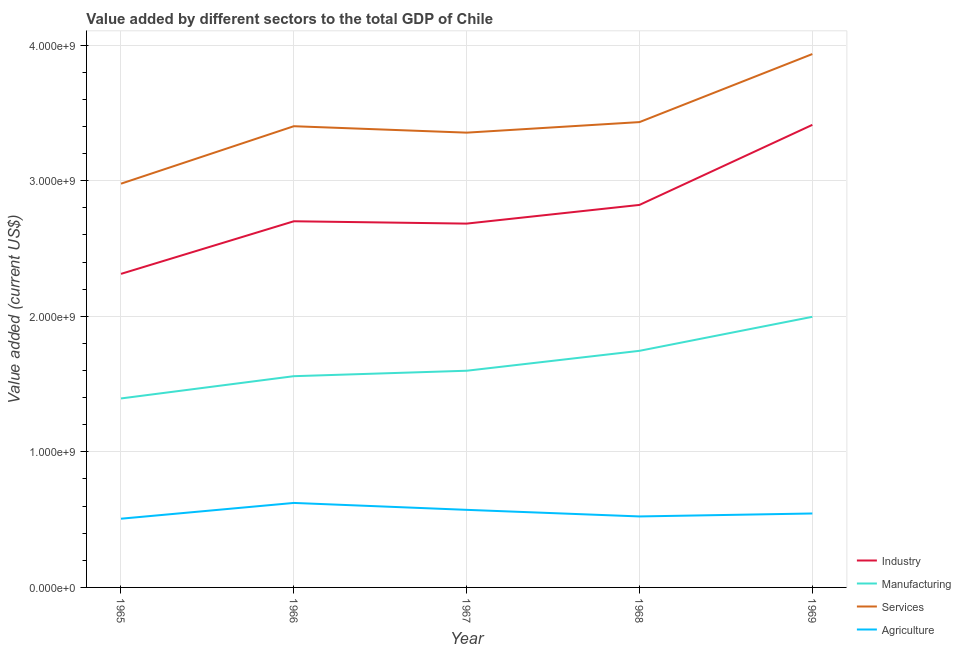
| Year | Industry | Manufacturing | Services | Agriculture |
 | --- | --- | --- | --- | --- |
 | 1965 | 2.31e+09 | 1.39e+09 | 2.98e+09 | 5.07e+08 |
 | 1966 | 2.7e+09 | 1.56e+09 | 3.4e+09 | 6.23e+08 |
 | 1967 | 2.68e+09 | 1.6e+09 | 3.35e+09 | 5.72e+08 |
 | 1968 | 2.82e+09 | 1.75e+09 | 3.43e+09 | 5.24e+08 |
 | 1969 | 3.41e+09 | 2e+09 | 3.93e+09 | 5.45e+08 |